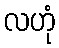
လဟုံ